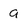
Character: a